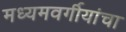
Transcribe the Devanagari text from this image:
मध्यमवर्गीयांचा